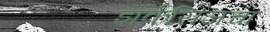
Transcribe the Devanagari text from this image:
झर्कसिजचा